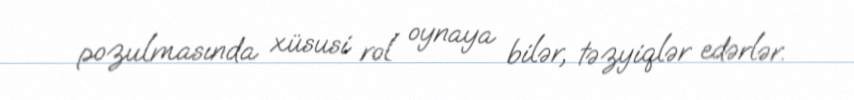
pozulmasında xüsusi rol oynaya bilər, təzyiqlər edərlər.